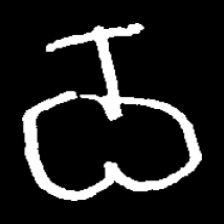
Pyu character \u2014 Myanmar letter: ဝ (romanized: wa)